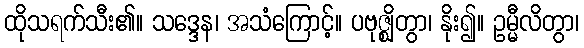
ထိုသရက်သီး၏။ သဒ္ဒေန၊ အသံကြောင့်။ ပဗုဇ္ဈိတွာ၊ နိုး၍။ ဥမ္မီလိတွာ၊